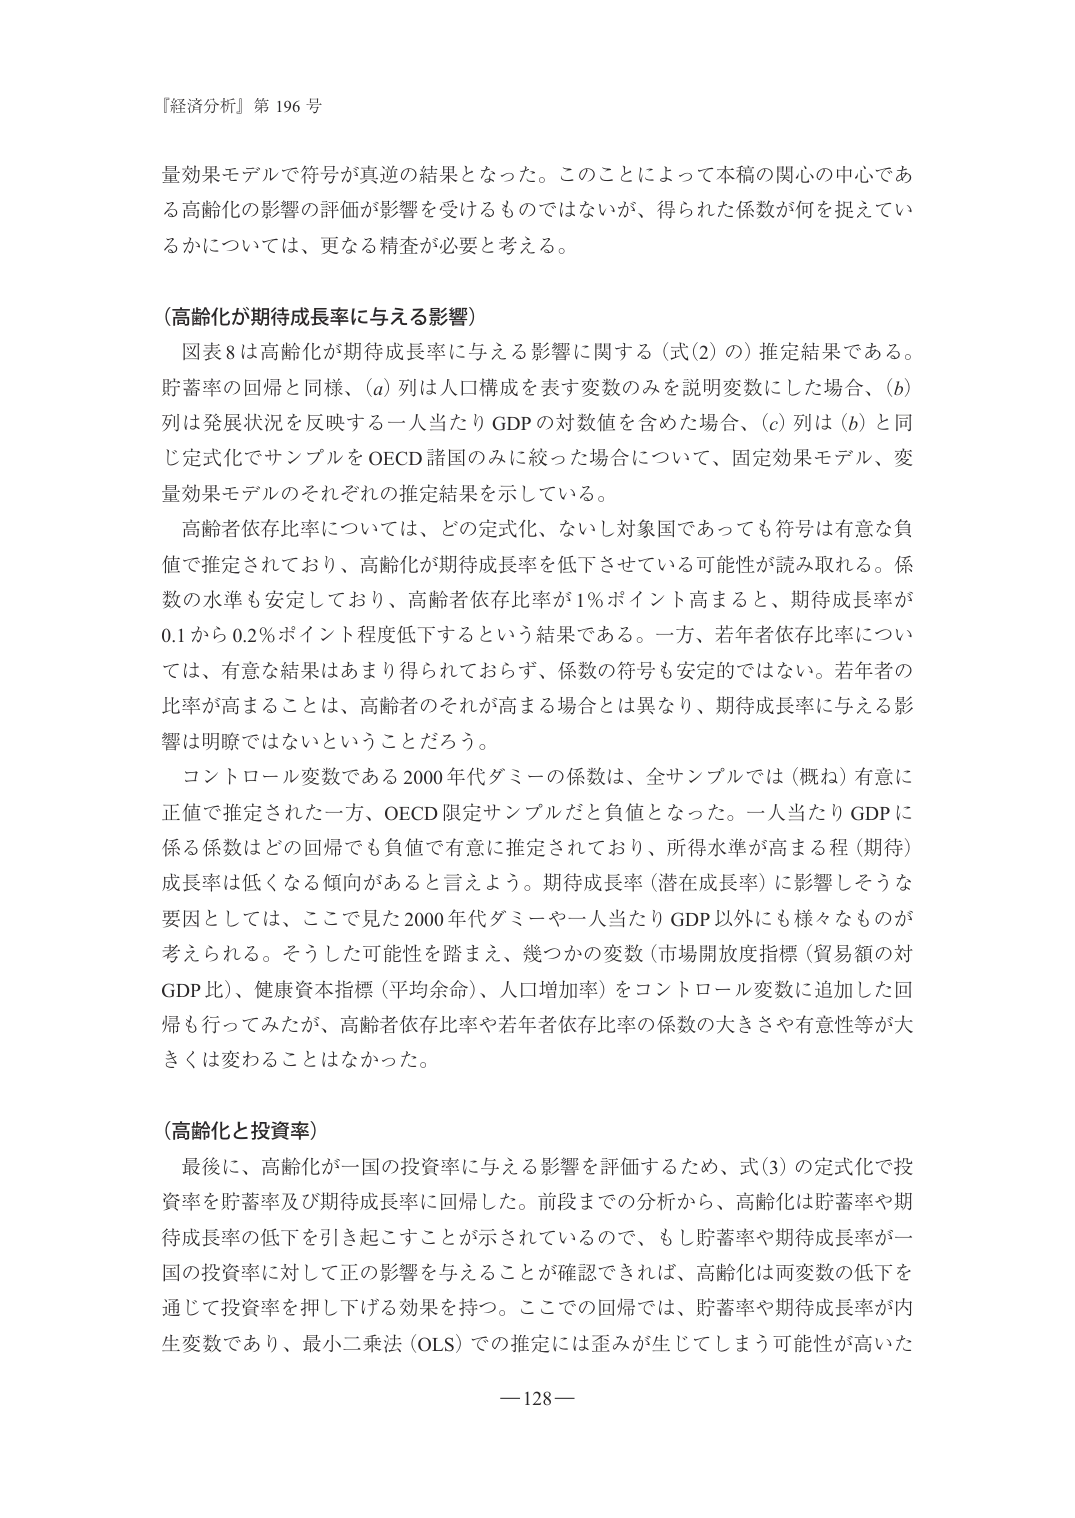
『経済分析』第 196 号

量効果モデルで符号が真逆の結果となった。このことによって本稿の関心の中心である高齢化の影響の評価が影響を受けるものではないが、得られた係数が何を捉えているかについては、更なる精査が必要と考える。

（高齢化が期待成長率に与える影響）

図表8は高齢化が期待成長率に与える影響に関する（式(2)）の推定結果である。貯蓄率の回帰と同様、(a)列は人口構成を表す変数のみを説明変数にした場合、(b)列は発展状況を反映する一人当たりGDPの対数値を含めた場合、(c)列は(b)と同じ定式化でサンプルをOECD諸国のみに絞った場合について、固定効果モデル、変量効果モデルのそれぞれの推定結果を示している。

高齢者依存比率については、どの定式化、ないし対象国であっても符号は有意な負値で推定されており、高齢化が期待成長率を低下させている可能性が読み取れる。係数の水準も安定しており、高齢者依存比率が1％ポイント高まると、期待成長率が0.1から0.2％ポイント程度低下するという結果である。一方、若年者依存比率については、有意な結果はあまり得られておらず、係数の符号も安定的ではない。若年者の比率が高まることは、高齢者のそれが高まる場合とは異なり、期待成長率に与える影響は明瞭ではないということだろう。

コントロール変数である2000年代ダミーの係数は、全サンプルでは（概ね）有意に正値で推定された一方、OECD限定サンプルだと負値となった。一人当たりGDPに係る係数はどの回帰でも負値で有意に推定されており、所得水準が高まる程（期待）成長率は低くなる傾向があると言えよう。期待成長率（潜在成長率）に影響しそうな要因としては、ここで見た2000年代ダミーや一人当たりGDP以外にも様々なものが考えられる。そうした可能性を踏まえ、幾つかの変数（市場開放度指標（貿易額の対GDP比）、健康資本指標（平均余命）、人口増加率）をコントロール変数に追加した回帰を行ってみたが、高齢者依存比率や若年者依存比率の係数の大きさや有意性等が大きくは変わることはなかった。

（高齢化と投資率）

最後に、高齢化が一国の投資率に与える影響を評価するため、式(3)の定式化で投資率を貯蓄率及び期待成長率に回帰した。前段までの分析から、高齢化は貯蓄率や期待成長率の低下を引き起こすことが示されているので、もし貯蓄率や期待成長率が一国の投資率に対して正の影響を与えることが確認できれば、高齢化は両変数の低下を通じて投資率を押し下げる効果を持つ。ここでの回帰では、貯蓄率や期待成長率が内生変数であり、最小二乗法（OLS）での推定には歪みが生じてしまう可能性が高いた

— 128 —